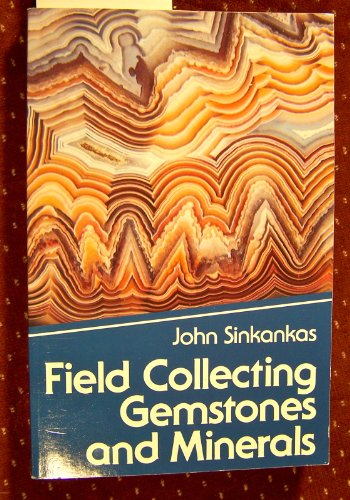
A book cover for Field Collecting Gemstones and Minerals; John Sinkankas; Science & Math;